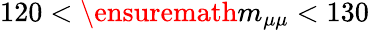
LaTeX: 120<\ensuremath{m_{\mu\mu}}<130